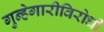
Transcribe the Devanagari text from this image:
गुन्हेगारीविरोधी